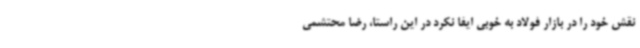
نقش خود را در بازار فولاد به خوبی ایفا نکرد در این راستا، رضا محتشمی